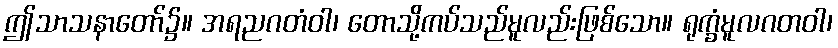
ဤသာသနာတော်၌။ အရညဂတံဝါ၊ တောသို့ကပ်သည်မူလည်းဖြစ်သော။ ရုက္ခံမူလဂတဝါ၊